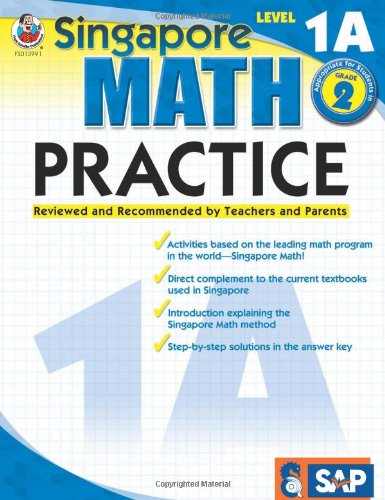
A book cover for Singapore Math Practice,  Level 1A,  Grade 2; Children's Books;